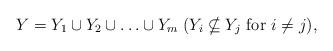
LaTeX: \begin{align*}Y=Y_1\cup Y_2\cup\ldots\cup Y_m\; (Y_i\nsubseteq Y_j\mbox{ for }i\neq j),\end{align*}